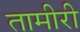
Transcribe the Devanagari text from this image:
तामीरी